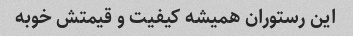
این رستوران همیشه کیفیت و قیمتش خوبه